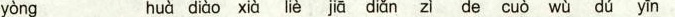
yòng huà diào xià jiā diǎn zì de cuò wù dú yīn